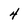
Character: 4